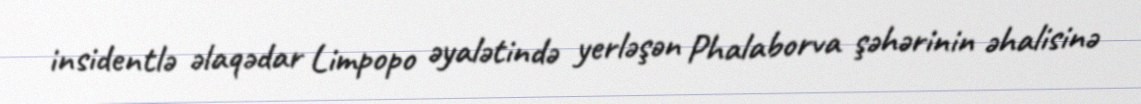
insidentlə əlaqədar Limpopo əyalətində yerləşən Phalaborva şəhərinin əhalisinə